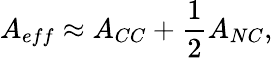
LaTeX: A_{eff}\approx A_{CC}+\frac{1}{2}A_{NC},